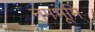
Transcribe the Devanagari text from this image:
नमभूमि